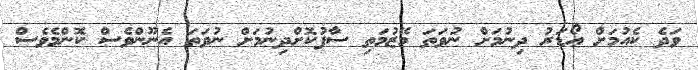
ވަދެ ކެއުމަށް އޯޑަރު ދިނުމަށް ނުވަތަ މޭޒުމަތި ސާފުކޮށްދިނުމަށް ނުވަތަ އެނޫންވެސް ކޮންމެވެސް